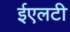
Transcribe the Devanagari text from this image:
ईएलटी